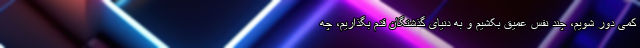
کمی دور شویم، چند نفس عمیق بکشیم و به دنیای گذشتگان قدم بگذاریم، چه